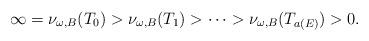
LaTeX: \begin{align*}\infty=\nu_{\omega, B}(T_0)>\nu_{\omega, B}(T_1)> \cdots >\nu_{\omega, B}(T_{a(E)})>0. \end{align*}